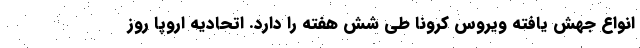
انواع جهش یافته ویروس کرونا طی شش هفته را دارد. اتحادیه اروپا روز